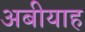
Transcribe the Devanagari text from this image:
अबीयाह